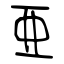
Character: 亜